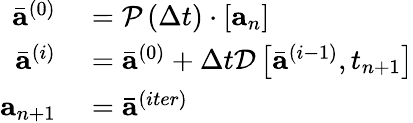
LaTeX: \begin{array}{r}{\begin{array}{rl}{\bar{\mathbf{a}}^{(0)}}&{{}=\mathcal{P}\left(\Delta t\right)\cdot\left[\mathbf{a}_{n}\right]}\\ {\bar{\mathbf{a}}^{(i)}}&{{}=\bar{\mathbf{a}}^{(0)}+\Delta t\mathcal{D}\left[\bar{\mathbf{a}}^{(i-1)},t_{n+1}\right]}\\ {\mathbf{a}_{n+1}}&{{}=\bar{\mathbf{a}}^{(iter)}}\end{array}}\end{array}